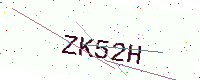
Text: ZK52H